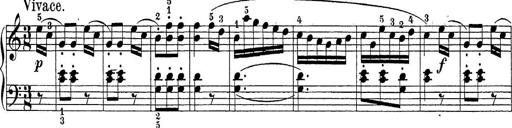
Title: Sonatina Album
Composer: Louis KÃ¶hler